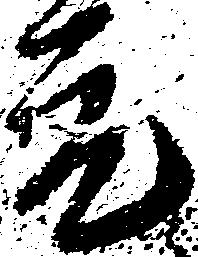
元